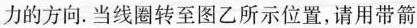
力的方向。当线圈转至图乙所示位置，请用带箭